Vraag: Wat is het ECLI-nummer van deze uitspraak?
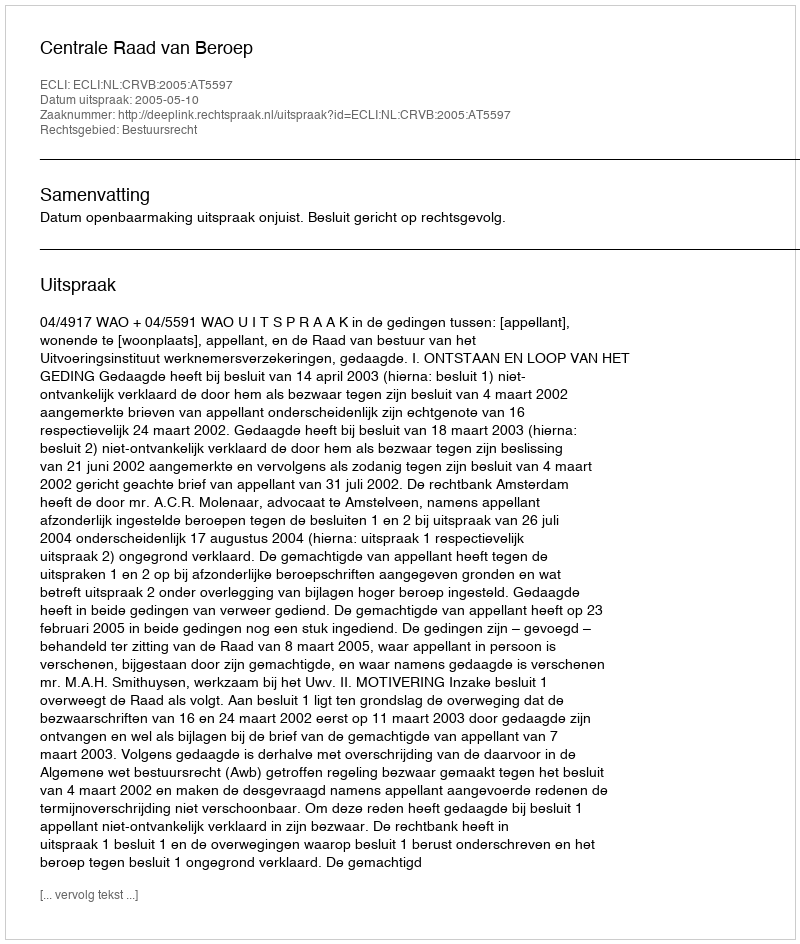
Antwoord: ECLI:NL:CRVB:2005:AT5597